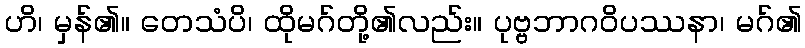
ဟိ၊ မှန်၏။ တေသံပိ၊ ထိုမဂ်တို့၏လည်း။ ပုဗ္ဗဘာဂဝိပဿနာ၊ မဂ်၏